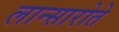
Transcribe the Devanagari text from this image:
लान्सारोते